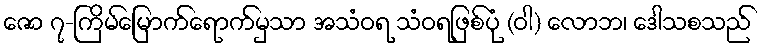
ဇော ၇-ကြိမ်မြောက်ရောက်မှသာ အသံဝရ သံဝရဖြစ်ပုံ (ဝါ) လောဘ၊ ဒေါသစသည်